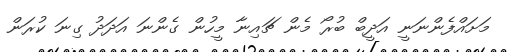
މަށައްފެންނަނީ އަދީބް ބުރޯ މެން ޗައިނާ މީހުން ގެންނަ އަދަދު ގިނަ ކުރަން